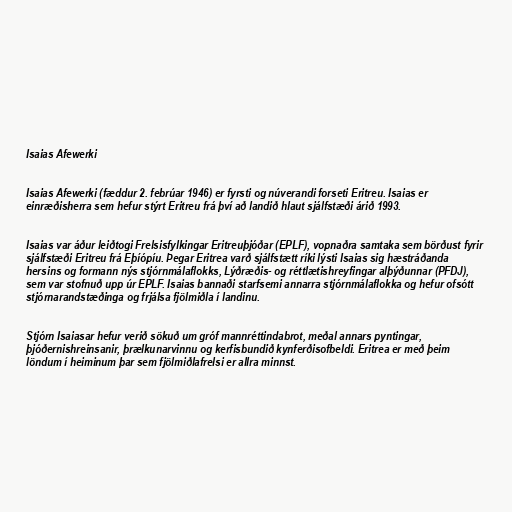
Isaias Afewerki

Isaias Afewerki (fæddur 2. febrúar 1946) er fyrsti og núverandi forseti Eritreu. Isaias er
einræðisherra sem hefur stýrt Eritreu frá því að landið hlaut sjálfstæði árið 1993.

Isaias var áður leiðtogi Frelsisfylkingar Eritreuþjóðar (EPLF), vopnaðra samtaka sem börðust fyrir
sjálfstæði Eritreu frá Eþíópíu. Þegar Eritrea varð sjálfstætt ríki lýsti Isaias sig hæstráðanda
hersins og formann nýs stjórnmálaflokks, Lýðræðis- og réttlætishreyfingar alþýðunnar (PFDJ),
sem var stofnuð upp úr EPLF. Isaias bannaði starfsemi annarra stjórnmálaflokka og hefur ofsótt
stjórnarandstæðinga og frjálsa fjölmiðla í landinu.

Stjórn Isaiasar hefur verið sökuð um gróf mannréttindabrot, meðal annars pyntingar,
þjóðernishreinsanir, þrælkunarvinnu og kerfisbundið kynferðisofbeldi. Eritrea er með þeim
löndum í heiminum þar sem fjölmiðlafrelsi er allra minnst.